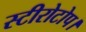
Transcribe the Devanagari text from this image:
स्टीरोटोप।